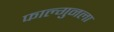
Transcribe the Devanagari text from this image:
फाल्गुनला